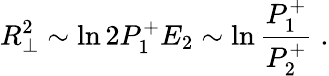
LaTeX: R_{\perp}^{2}\sim\ln 2P_{1}^{+}E_{2}\sim\ln{\frac{P_{1}^{+}}{P_{2}^{+}}}\; .